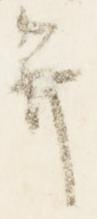
弁